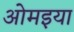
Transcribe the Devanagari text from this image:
ओमइया